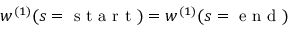
w ^ { ( 1 ) } ( s = \mathrm { ~ s ~ t ~ a ~ r ~ t ~ } ) = w ^ { ( 1 ) } ( s = \mathrm { ~ e ~ n ~ d ~ } )